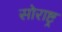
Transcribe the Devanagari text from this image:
सोराष्ट्र